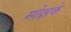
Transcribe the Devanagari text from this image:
मोक्षके